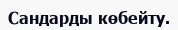
Сандарды көбейту.